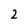
Character: 2